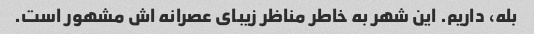
بله، داریم. این شهر به خاطر مناظر زیبای عصرانه اش مشهور است.